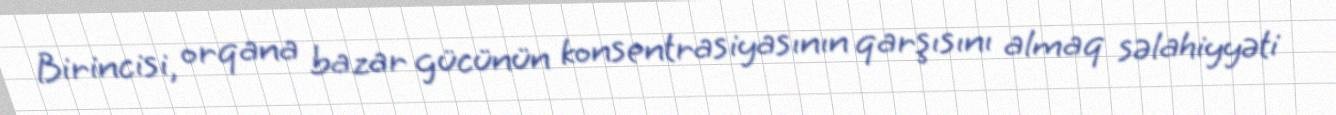
Birincisi, orqana bazar gücünün konsentrasiyasının qarşısını almaq səlahiyyəti